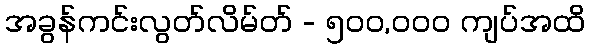
အခွန်ကင်းလွတ်လိမ်တ် - ၅၀၀,၀၀၀ ကျပ်အထိ